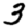
Digit: 3